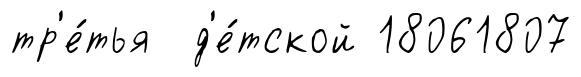
тр'е́тья д'е́тской 18061807